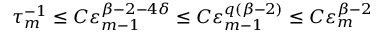
\tau _ { m } ^ { - 1 } \leq C \varepsilon _ { m - 1 } ^ { \beta - 2 - 4 \delta } \leq C \varepsilon _ { m - 1 } ^ { q ( \beta - 2 ) } \leq C \varepsilon _ { m } ^ { \beta - 2 }